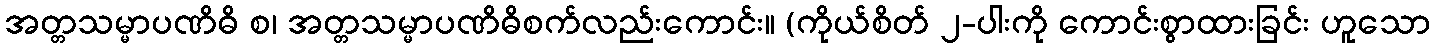
အတ္တသမ္မာပဏိဓိ စ၊ အတ္တသမ္မာပဏိဓိစက်လည်းကောင်း။ (ကိုယ်စိတ် ၂-ပါးကို ကောင်းစွာထားခြင်း ဟူသော